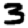
Digit: 3